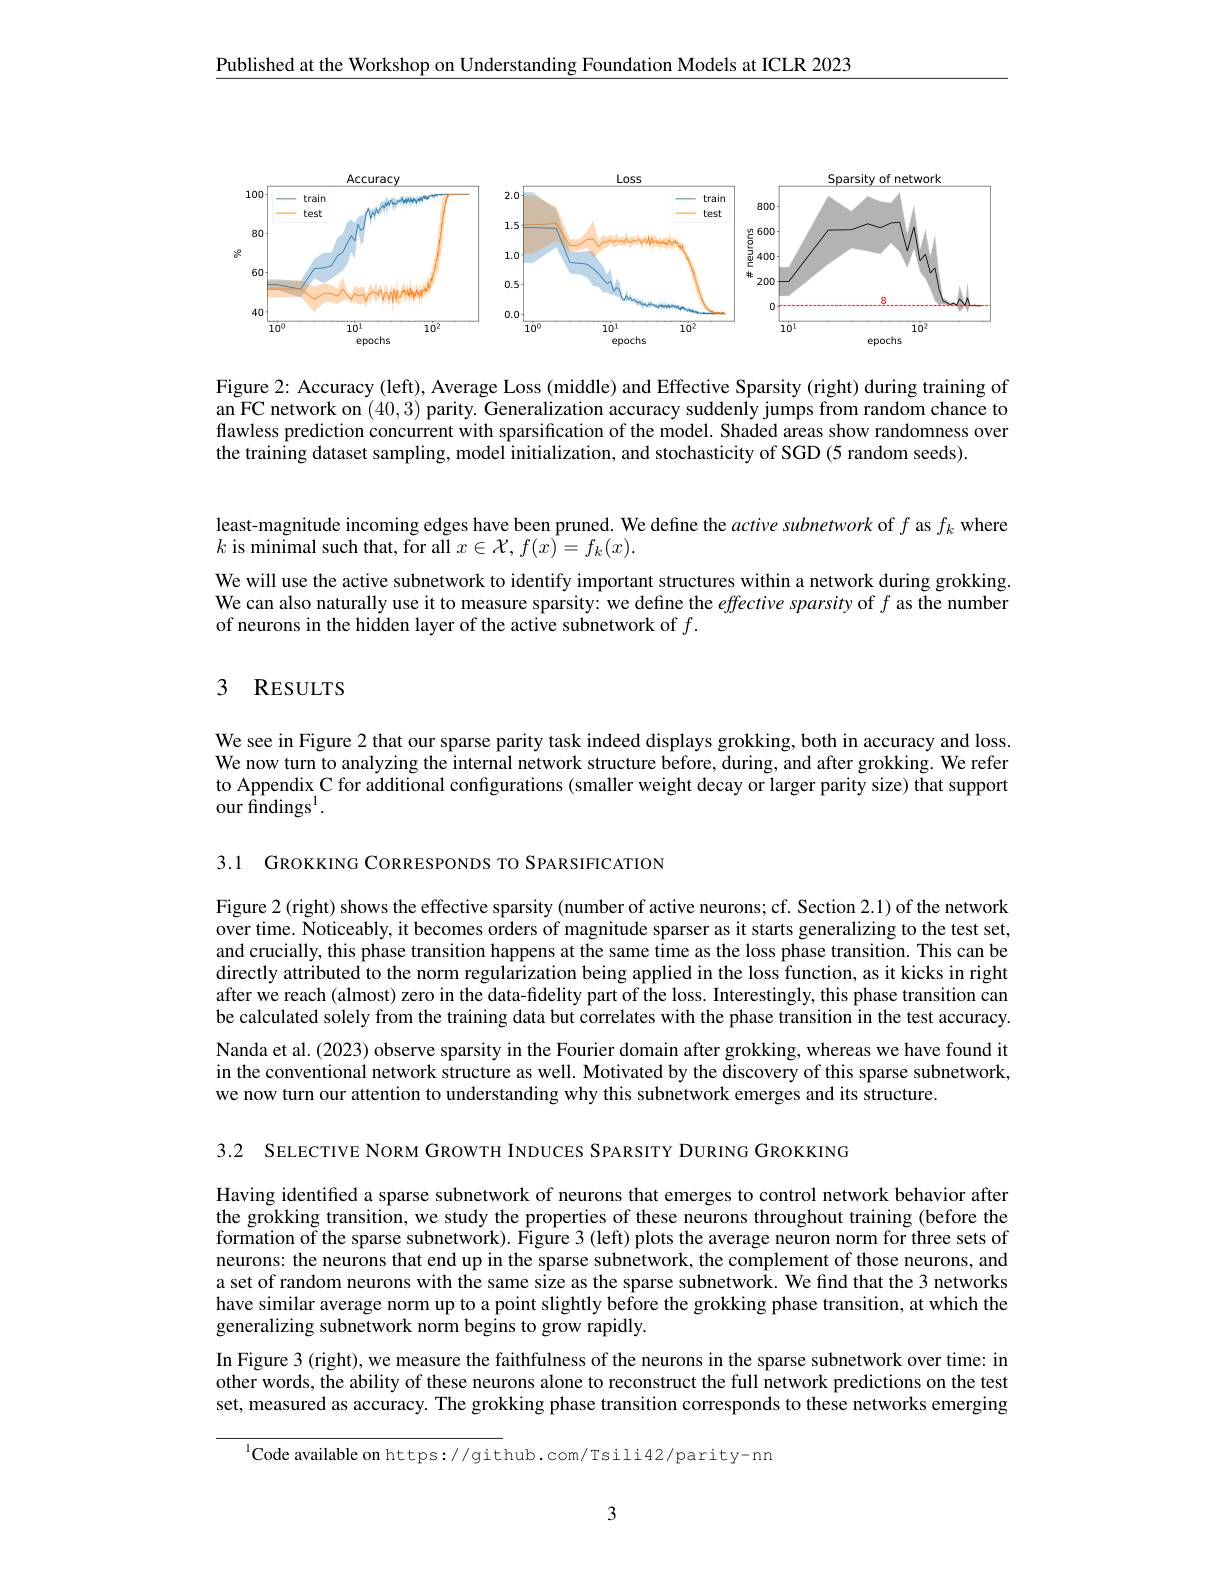
$\underline{\text{Published at the Workshop on Understanding Foundation Models at ICLR 2023}}$

<FigureHere>

Figure 2: Accuracy (left), Average Loss (middle) and Effective Sparsity (right) during training of an FC network on (40,3) parity. Generalization accuracy suddenly jumps from random chance to flawless prediction concurrent with sparsification of the model. Shaded areas show randomness over the training dataset sampling, model initialization, and stochasticity of SGD (5 random seeds).

least-magnitude incoming edges have been pruned. We define the $active\textit{subnetwork of }f$ as $f_k$ where
$k$ is minimal such that, for all $x\in\mathcal{X},f(x)=f_k(x).$

We will use the active subnetwork to identify important structures within a network during grokking. We can also naturally use it to measure sparsity: we define the effective sparsity of $f$ as the number of neurons in the hidden layer of the active subnetwork of $f.$

# 3 RESULTS

We see in Figure 2 that our sparse parity task indeed displays grokking, both in accuracy and loss. We now turn to analyzing the internal network structure before, during, and after grokking. We refer to Appendix C for additional configurations (smaller weight decay or larger parity size) that support our findings$^{\mathrm{l}}.$

3.1 GROKKING CORRESPONDS TO SPARSIFICATION

Figure 2 (right) shows the effective sparsity (number of active neurons; cf. Section 2.1) of the network over time. Noticeably, it becomes orders of magnitude sparser as it starts generalizing to the test set, and crucially, this phase transition happens at the same time as the loss phase transition. This can be directly attributed to the norm regularization being applied in the loss function, as it kicks in right after we reach (almost) zero in the data-fidelity part of the loss. Interestingly, this phase transition can be calculated solely from the training data but correlates with the phase transition in the test accuracy. Nanda et al. (2023) observe sparsity in the Fourier domain after grokking, whereas we have found it in the conventional network structure as well. Motivated by the discovery of this sparse subnetwork, we now turn our attention to understanding why this subnetwork emerges and its structure.

3.2 SELECTIVE NORM GROWTH INDUCES SPARSITY DURING GROKKING

Having identified a sparse subnetwork of neurons that emerges to control network behavior after the grokking transition, we study the properties of these neurons throughout training (before the formation of the sparse subnetwork). Figure 3 (left) plots the average neuron norm for three sets of neurons: the neurons that end up in the sparse subnetwork, the complement of those neurons, and a set of random neurons with the same size as the sparse subnetwork. We find that the 3 networks have similar average norm up to a point slightly before the grokking phase transition, at which the generalizing subnetwork norm begins to grow rapidly.
In Figure 3 (right), we measure the faithfulness of the neurons in the sparse subnetwork over time: in other words, the ability of these neurons alone to reconstruct the full network predictions on the test set, measured as accuracy. The grokking phase transition corresponds to these networks emerging

$^{\mathrm{l}}$Code available on https://github.com/Tsili42/parity-nn

3